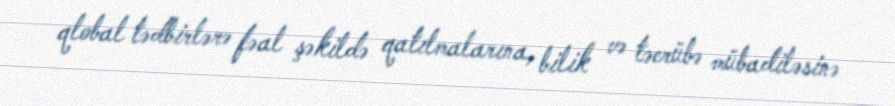
qlobal tədbirlərə fəal şəkildə qatılmalarına, bilik və təcrübə mübadiləsinə